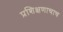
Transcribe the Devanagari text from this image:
प्रशिक्षणाचाच